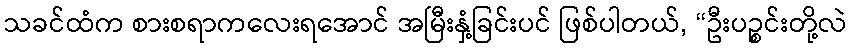
သခင်ထံက စားစရာကလေးရအောင် အမြီးနှံ့ခြင်းပင် ဖြစ်ပါတယ်, “ဦးပဉ္စင်းတို့လဲ